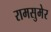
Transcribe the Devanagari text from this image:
रामसुमेर